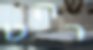
רהט